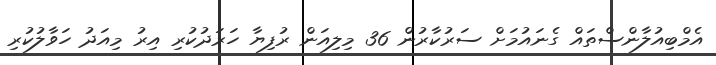
އެމްބިއުލާންސްތައް ގެނައުމަށް ސަރުކާރުން 36 މިލިއަން ރުފިޔާ ހަރަދުކުރި އިރު މިއަދު ހަވާލުކުރި